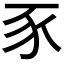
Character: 豕